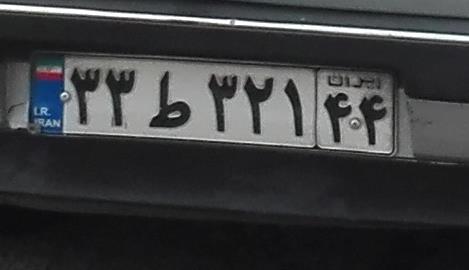
۳۳ط۳۲۱۴۴